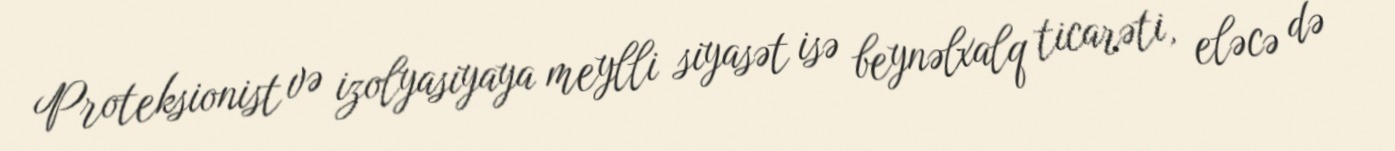
Proteksionist və izolyasiyaya meylli siyasət isə beynəlxalq ticarəti, eləcə də